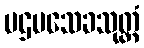
ပဌမသေခသုတ္တံ